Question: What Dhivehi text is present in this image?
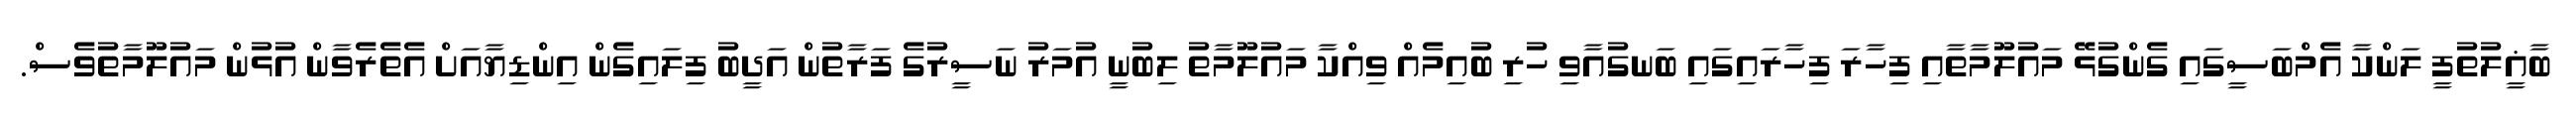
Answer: ބާޣީލުތުފީ ލަންކާ އެމްބަސީގައި ގެންގުޅޭ މައުލޫމާތާއި ފިހާރަ ފިހާރައިގައި ބަނގުއާވި ހުރި ބުއިމެއް ވިއްކާ މައުލޫމާތު ލިބުނީ އުމަރު ނަސީރުގެ ފަރާތުން އަދީބު ފިލައިގެން އިންޑިޔާއަށް އެތެރެވާން އުޅުން މައުލޫމާތުވެސް.